Vaccination report Assam 1874-1896 - 1874-1896
Year: 1874
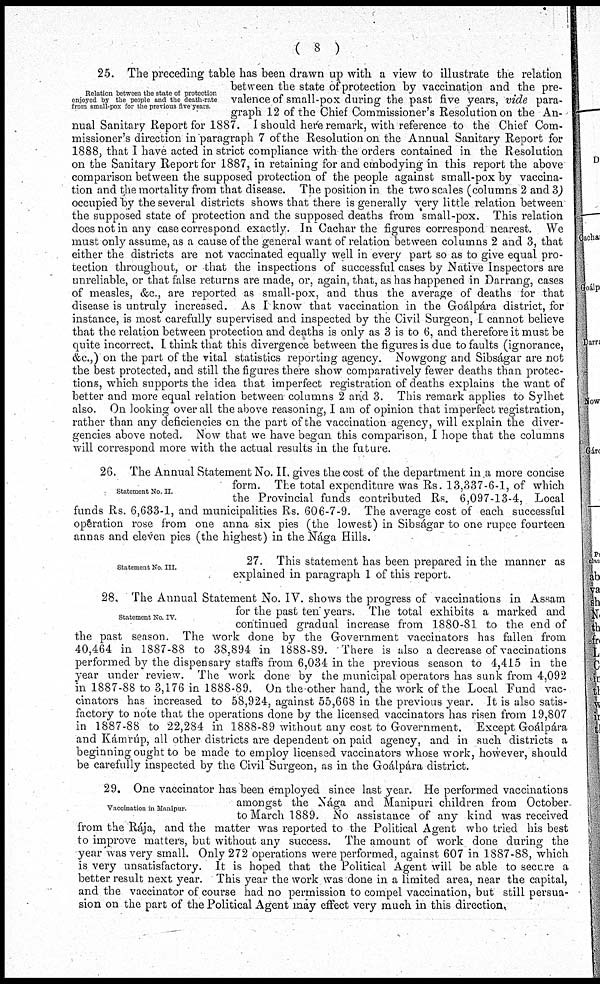
( 8 )
Relation between the state of protection
enjoyed by the people and the death-rate
from small-pox for the previous five years.
25. The preceding table has been drawn up with a view to illustrate the relation
between the state of protection by vaccination and the pre-
valence of small-pox during the past five years, vide para-
graph 12 of the Chief Commissioner's Resolution on the An-
nual Sanitary Report for 1887. I should here remark, with reference to the Chief Com-
missioner's direction in paragraph 7 of the Resolution on the Annual Sanitary Report for
1888, that I have acted in strict compliance with the orders contained in the Resolution
on the Sanitary Report for 1887, in retaining for and embodying in this report the above
comparison between the supposed protection of the people against small-pox by vaccina-
tion and the mortality from that disease. The position in the two scales (columns 2 and 3)
occupied by the several districts shows that there is generally very little relation between
the supposed state of protection and the supposed deaths from small-pox. This relation
does not in any case correspond exactly. In Cachar the figures correspond nearest. We
must only assume, as a cause of the general want of relation between columns 2 and 3, that
either the districts are not vaccinated equally well in every part so as to give equal pro-
tection throughout, or that the inspections of successful cases by Native Inspectors are
unreliable, or that false returns are made, or, again, that, as has happened in Darrang, cases
of measles, &c., are reported as small-pox, and thus the average of deaths for that
disease is untruly increased. As I know that vaccination in the Goálpára district, for
instance, is most carefully supervised and inspected by the Civil Surgeon, I cannot believe
that the relation between protection and deaths is only as 3 is to 6, and therefore it must be
quite incorrect. I think that this divergence between the figures is due to faults (ignorance,
&c.,) on the part of the vital statistics reporting agency. Nowgong and Sibságar are not
the best protected, and still the figures there show comparatively fewer deaths than protec-
tions, which supports the idea that imperfect registration of deaths explains the want of
better and more equal relation between columns 2 and 3. This remark applies to Sylhet
also. On looking over all the above reasoning, I am of opinion that imperfect registration,
rather than any deficiencies on the part of the vaccination agency, will explain the diver-
gencies above noted. Now that we have began this comparison, I hope that the columns
will correspond more with the actual results in the future.
Statement No. II.
26. The Annual Statement No. II. gives the cost of the department in a more concise
form. The total expenditure was Rs. 13,337-6-1, of which
the Provincial funds contributed Rs. 6,097-13-4, Local
funds Rs. 6,633-1, and municipalities Rs. 606-7-9. The average cost of each successful
operation rose from one anna six pies (the lowest) in Sibságar to one rupee fourteen
annas and eleven pies (the highest) in the Nága Hills.
Statement No III.
27. This statement has been prepared in the manner as
explained in paragraph 1 of this report.
Statement No IV
28. The Annual Statement No. IV. shows the progress of vaccinations in Assam
for the past ten years. The total exhibits a marked and
continued gradual increase from 1880-81 to the end of
the past season. The work done by the Government vaccinators has fallen from
40,464 in 1887-88 to 38,894 in 1888-89. There is also a decrease of vaccinations
performed by the dispensary staffs from 6,034 in the previous season to 4,415 in the
year under review. The work done by the municipal operators has sunk from 4,092
in 1887-88 to 3,176 in 1888-89. On the other hand, the work of the Local Fund vac-
cinators has increased to 58,924, against 55,668 in the previous year. It is also satis-
factory to note that the operations done by the licensed vaccinators has risen from 19,807
in 1887-88 to 22,284 in 1888-89 without any cost to Government. Except Goálpára
and Kámrúp, all other districts are dependent on paid agency, and in such districts a
beginning ought to be made to employ licensed vaccinators whose work, however, should
be carefully inspected by the Civil Surgeon, as in the Goálpára district.
Vaccination in Manipur.
29. One vaccinator has been employed since last year. He performed vaccinations
amongst the Nága and Manipuri children from October
to March 1889. No assistance of any kind was received
from the Rája, and the matter was reported to the Political Agent who tried his best
to improve matters, but without any success. The amount of work done during the
year was very small. Only 272 operations were performed, against 607 in 1887-88, which
is very unsatisfactory. It is hoped that the Political Agent will be able to secure a
better result next year. This year the work was done in a limited area, near the capital,
and the vaccinator of course had no permission to compel vaccination, but still persua-
sion on the part of the Political Agent may effect very much in this direction.